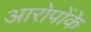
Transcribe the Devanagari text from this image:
आरोपोंके